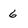
Character: 6